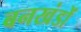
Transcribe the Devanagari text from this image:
बनखंडों